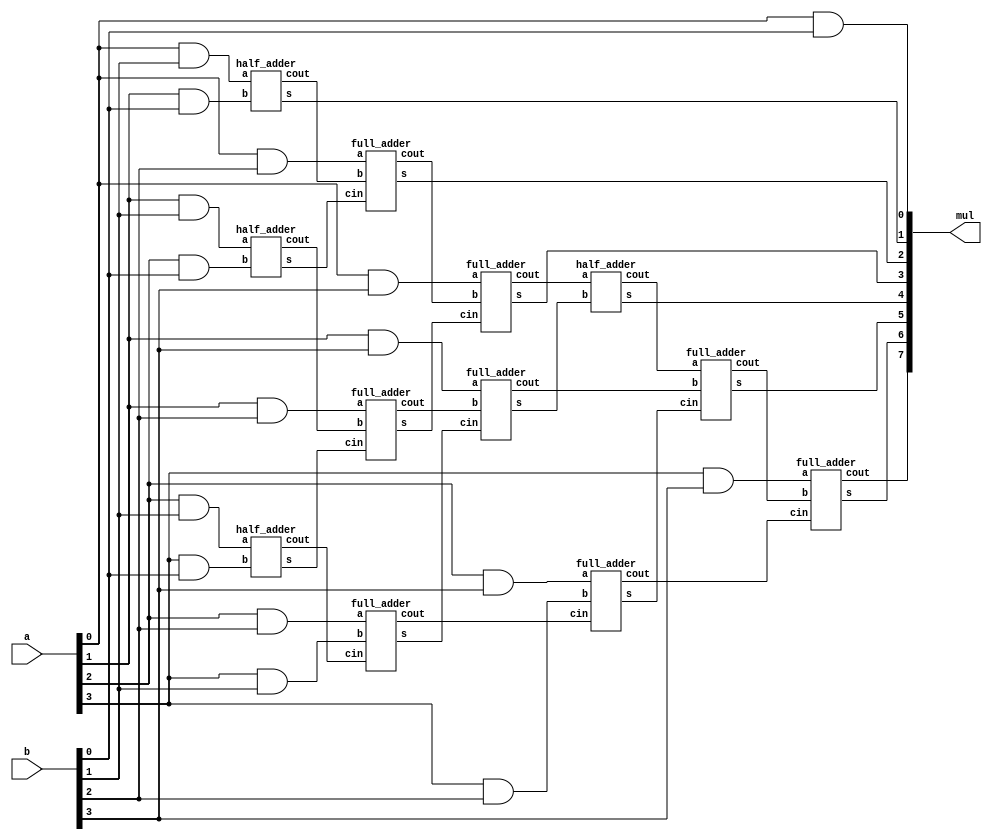
`timescale 1ns / 1ps
//////////////////////////////////////////////////////////////////////////////////
// Company: 
// Engineer: 
// 
// Design Name: 
// Module Name: ARRAY_MUL
// Project Name: 
// Target Devices: 
// Tool Versions: 
// Description: 
// 
// Dependencies: 
// 
// Revision:
// Revision 0.01 - File Created
// Additional Comments:
// 
//////////////////////////////////////////////////////////////////////////////////


//module ARRAY_MUL(a,b,mul);
//input [3:0]a,b;
//output [7:0] mul;
//wire s0, h_s1,h_c1,h_s2,h_c2,
//h_s3,h_c3,f_s1,f_c1,f_s2,f_c2,f_s3,f_c3,
//f_s4,f_c4,f_s5,f_c5,f_s6,f_c6,f_s7,f_c7,f_s8,f_c8, h_s4,h_c4;
//assign s0 = a[0]&b[0];
//HA H1(a[1]&b[0],a[0]&b[1],h_s1,h_c1);
//HA H2(a[2]&b[0],a[1]&b[1],h_s2,h_c2);
//HA H3(a[3]&b[0],a[2]&b[1],h_s3,h_c3);


//FA F1(a[0]&b[2],h_c1,h_s2,f_s1,f_c1);
//FA F2(a[1]&b[2],h_c2,h_s3,f_s2,f_c2);
//FA F3(a[0]&b[3],f_c1,f_s2,f_s3,f_c3);
//FA F4(a[3]&b[1],a[2]&b[2],h_c3,f_s4,f_c4);
//FA F5(a[1]&b[3],f_c2,f_s4,f_s5,f_c5);
//FA F6(a[3]&b[2],a[2]&b[3],f_c4,f_s6,f_c6);

//HA H4(f_c3,f_s5,h_s4,h_c4);
//FA F7( h_c4, f_c5, f_s6, f_s7, f_c7);
//FA F8( a[3]&b[3], f_c7, f_c6, f_s8, f_c8);
  
//assign mul={f_c8,f_s8,f_s7,h_s4,f_s3,f_s1,h_s1,s0};
//endmodule

//module HA(A,B,S,Cout);
//input A,B;  
//output S,Cout; 

//assign {S,Cout} = A + B; 
//endmodule

//module FA(A,B,Cin,S,Cout);
//input A,B,Cin;  
//output S,Cout; 

//assign {S,Cout} = A + B + Cin; 
//endmodule

module ARRAY_MUL(a,b,mul);
  input [3:0] a,b;
  output [7:0] mul;
  
  wire h_s1,h_s2,h_s3,h_s4,
  	   h_c1,h_c2,h_c3,h_c4,
       f_s1,f_s2,f_s3,f_s4,f_s5,f_s6,f_s7,f_s8,
  	   f_c1,f_c2,f_c3,f_c4,f_c5,f_c6,f_c7,f_c8;
  
  assign s0 = a[0] & b[0];
  
  half_adder h1( a[0]&b[1], a[1]&b[0], h_s1, h_c1);
  half_adder h2( a[1]&b[1], a[2]&b[0], h_s2, h_c2);
  half_adder h3( a[2]&b[1], a[3]&b[0], h_s3, h_c3);
  
  full_adder f1( a[0]&b[2], h_c1, h_s2, f_s1, f_c1);
  full_adder f2( a[1]&b[2], h_c2, h_s3, f_s2, f_c2);
  full_adder f3( a[2]&b[2], a[3]&b[1], h_c3, f_s3, f_c3);
  full_adder f4( a[0]&b[3], f_c1, f_s2, f_s4, f_c4);
  full_adder f5( a[1]&b[3], f_c2, f_s3, f_s5, f_c5);
  full_adder f6( a[2]&b[3], a[3]&b[2], f_c3, f_s6, f_c6);
  
  half_adder h4( f_c4, f_s5, h_s4, h_c4);
  
  full_adder f7( h_c4, f_c5, f_s6, f_s7, f_c7);
  full_adder f8( a[3]&b[3], f_c7, f_c6, f_s8, f_c8);
  
  assign mul={f_c8,f_s8,f_s7,h_s4,f_s4,f_s1,h_s1,s0};

endmodule
  

module half_adder(a,b,s,cout);
  input a,b;
  output s,cout;
  
  assign {cout,s} = a+b;
  
endmodule

module full_adder(a,b,cin,s,cout);
  input a,b,cin;
  output s,cout;
  
  assign {cout,s} = a+b+cin;
  
endmodule